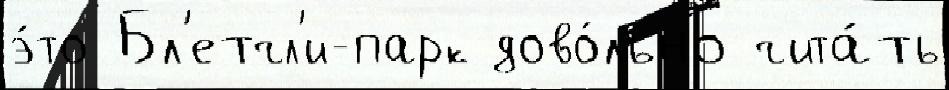
э́то Бл'етчл'и-парк дово́льно чита́ть